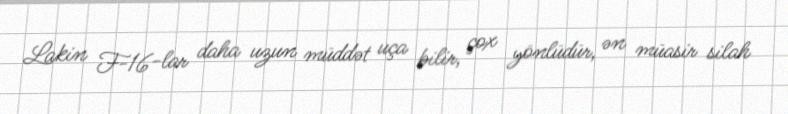
Lakin F-16-lar daha uzun müddət uça bilir, çox yönlüdür, ən müasir silah